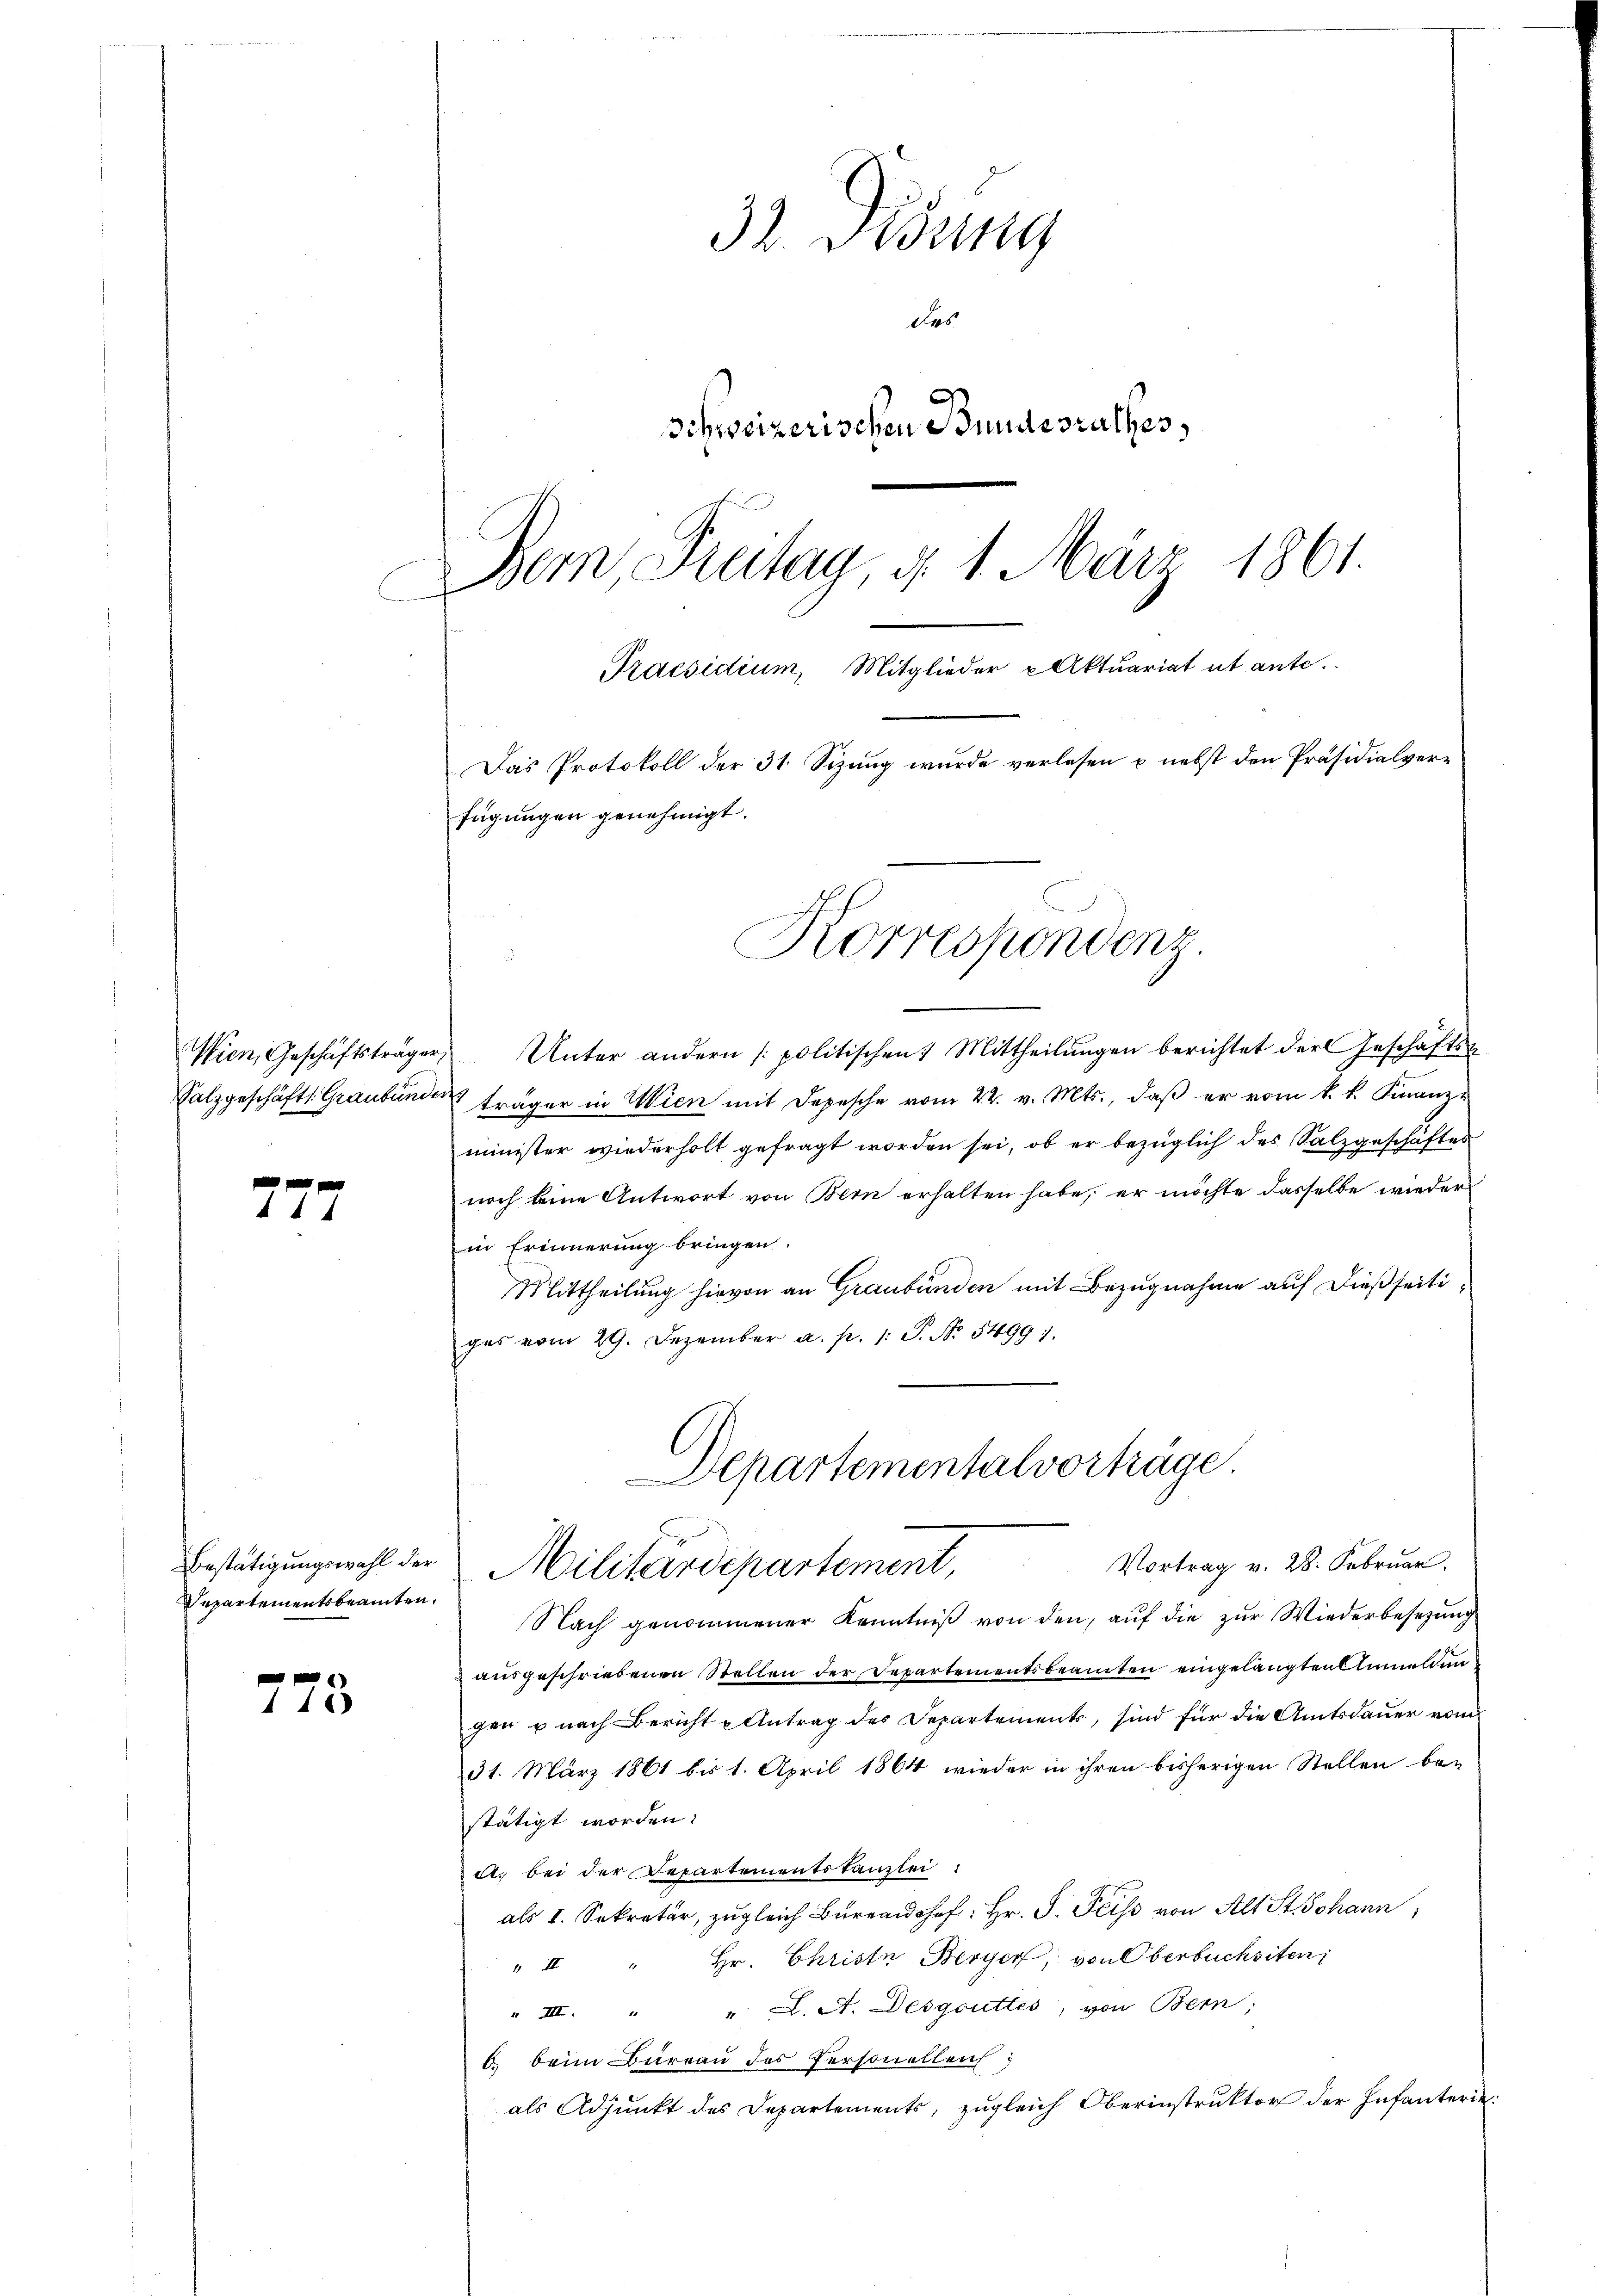
Wien, Geschäftsträger
Salzgeschäfts: Graubünd

f 0 x
44

Bestätigungswahl der
Departementsbeamten.

1 18

32. Didung
des
Schweizerischen Bundesrathes,
Bem Freitag d. 1. März 1861.

Praesidium, Mitglieder Aktuariat ut ante.
Das Protokoll der 31. Sizung wurde verlesen u. nebst den Präsidialvere
fügungen genehmigt.
Korrespondenz

Unter andern politischen 7 Mittheilŭngen berichtet der Geschäftsa
träger in Wien mit Depesche vom 22. v. Mts., daß er vom k. k. Finanz-
minister wiederholt gefragt worden sei, ob er bezüglich des Salzgeschäftes
noch keine Antwort von Bern erhalten habe, er möchte dasselbe wieder
in Erinnerung bringen.
Mittheilung hievon an Graubünden mit Bezugnahme auf dießseitiges vom 29. Dezember a. p. 1 S. Nr. 5499).
Departementalvorträge
.
Vortrag v. 28. Februar.
Militärdepartement,
Nach genommener Kenntniß von den, auf die zur Wiederbesetzung
ausgeschriebenen Stellen der Departementsbeamten eingelangten Anmelden
gen u nach Bericht u Antrag des Departements, sind für die Amtsdauer vom
31. März 1861 bis 1. April 1864 wieder in ihren bisherigen Stellen be-
stätigt worden:
A. bei der Departementskanzlei
als 1. Sekretär, zugleich Bŭrf: Hr. S. Peiss von Alt St. Johann,
Hr. Christe Berger, von Oberbuchsten
 II
" III. " " L. A. Desgouttes, von Bern;
6 beim Bureau des Personellen;
als Adjunkt des Departements, zugleich Oberinstruktor der Infanterie¬